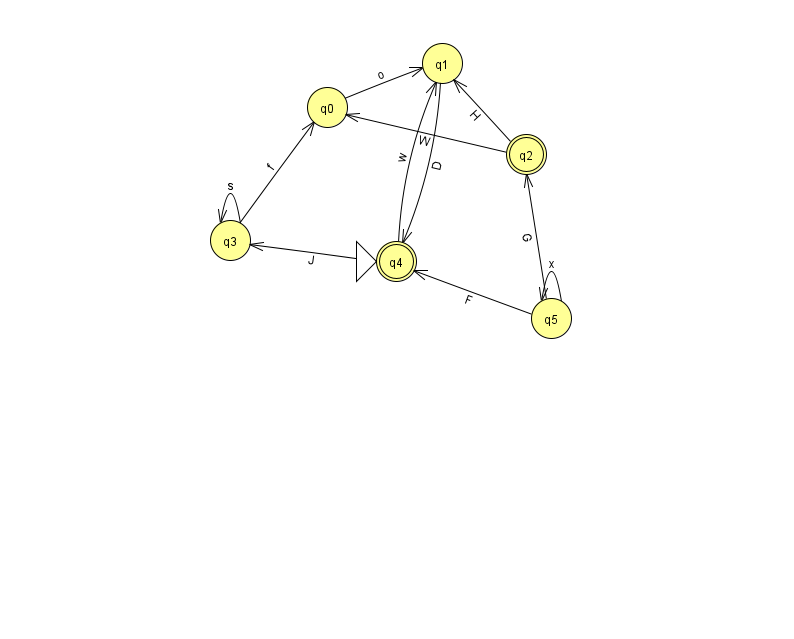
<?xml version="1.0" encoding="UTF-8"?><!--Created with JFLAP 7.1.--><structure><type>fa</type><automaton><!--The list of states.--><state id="0" name="q0"><x>327.0</x><y>94.0</y></state><state id="1" name="q1"><x>442.0</x><y>50.0</y></state><state id="2" name="q2"><x>526.0</x><y>141.0</y><final/></state><state id="3" name="q3"><x>230.0</x><y>227.0</y></state><state id="4" name="q4"><x>396.0</x><y>248.0</y><initial/><final/></state><state id="5" name="q5"><x>551.0</x><y>305.0</y></state><!--The list of transitions.--><transition><from>2</from><to>1</to><read>H</read></transition><transition><from>4</from><to>3</to><read>J</read></transition><transition><from>3</from><to>3</to><read>s</read></transition><transition><from>4</from><to>1</to><read>w</read></transition><transition><from>3</from><to>0</to><read>f</read></transition><transition><from>5</from><to>4</to><read>F</read></transition><transition><from>2</from><to>0</to><read>W</read></transition><transition><from>0</from><to>1</to><read>o</read></transition><transition><from>1</from><to>4</to><read>D</read></transition><transition><from>5</from><to>5</to><read>x</read></transition><transition><from>5</from><to>2</to><read>G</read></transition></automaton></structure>